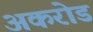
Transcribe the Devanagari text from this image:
अकरोड